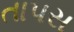
તાપસ